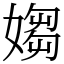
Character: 媰